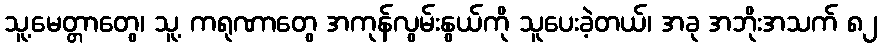
သူ့မေတ္တာတွေ၊ သူ့ ကရုဏာတွေ အကုန်လွမ်းနွယ်ကို သူပေးခဲ့တယ်၊ အခု အဘိုးအသက် ၈၂